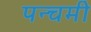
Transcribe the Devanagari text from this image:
पन्चमी